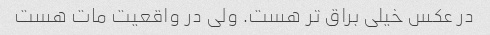
در عکس خیلی براق تر هست. ولی در واقعیت مات هست